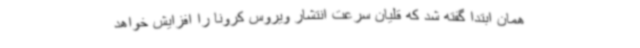
همان ابتدا گفته شد که قلیان سرعت انتشار ویروس کرونا را افزایش خواهد